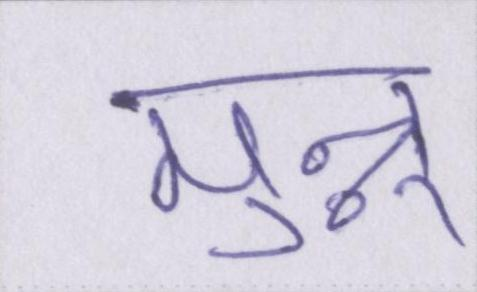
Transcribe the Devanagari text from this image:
मुन्नू